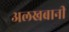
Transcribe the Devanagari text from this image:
अलखबानी